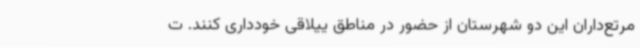
مرتع‌داران این دو شهرستان از حضور در مناطق ییلاقی خودداری کنند. ت